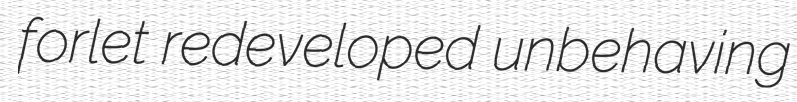
forlet redeveloped unbehaving